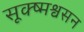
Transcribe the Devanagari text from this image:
सूक्ष्मश्वसन